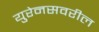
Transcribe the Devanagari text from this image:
युरेनसवरील